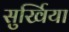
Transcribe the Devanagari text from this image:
सुर्खिया